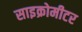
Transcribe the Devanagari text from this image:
साइक्रोमीटर